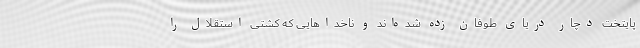
پایتخت دچار دریای طوفان زده شده‌اند و ناخداهایی که کشتی استقلال را